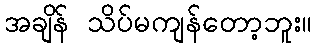
အချိန် သိပ်မကျန်တော့ဘူး။